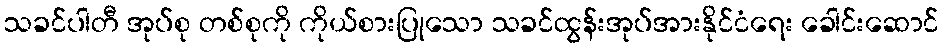
သခင်ပါတီ အုပ်စု တစ်စုကို ကိုယ်စားပြုသော သခင်ထွန်းအုပ်အားနိုင်ငံရေး ခေါင်းဆောင်